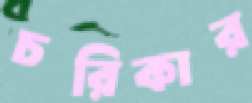
চরিকার